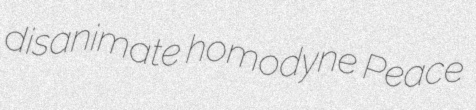
disanimate homodyne Peace